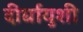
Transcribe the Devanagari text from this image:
दीर्घायुशी